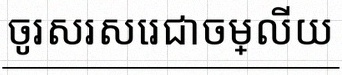
ចូរសរសេរជាចម្លើយ